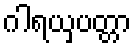
ဂါရယှပတ္တာ